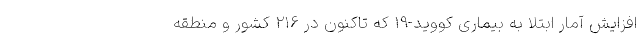
افزایش آمار ابتلا به بیماری کووید-۱۹ که تاکنون در ۲۱۶ کشور و منطقه